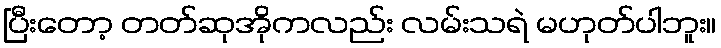
ပြီးတော့ တတ်ဆုအိုကလည်း လမ်းသရဲ မဟုတ်ပါဘူး။